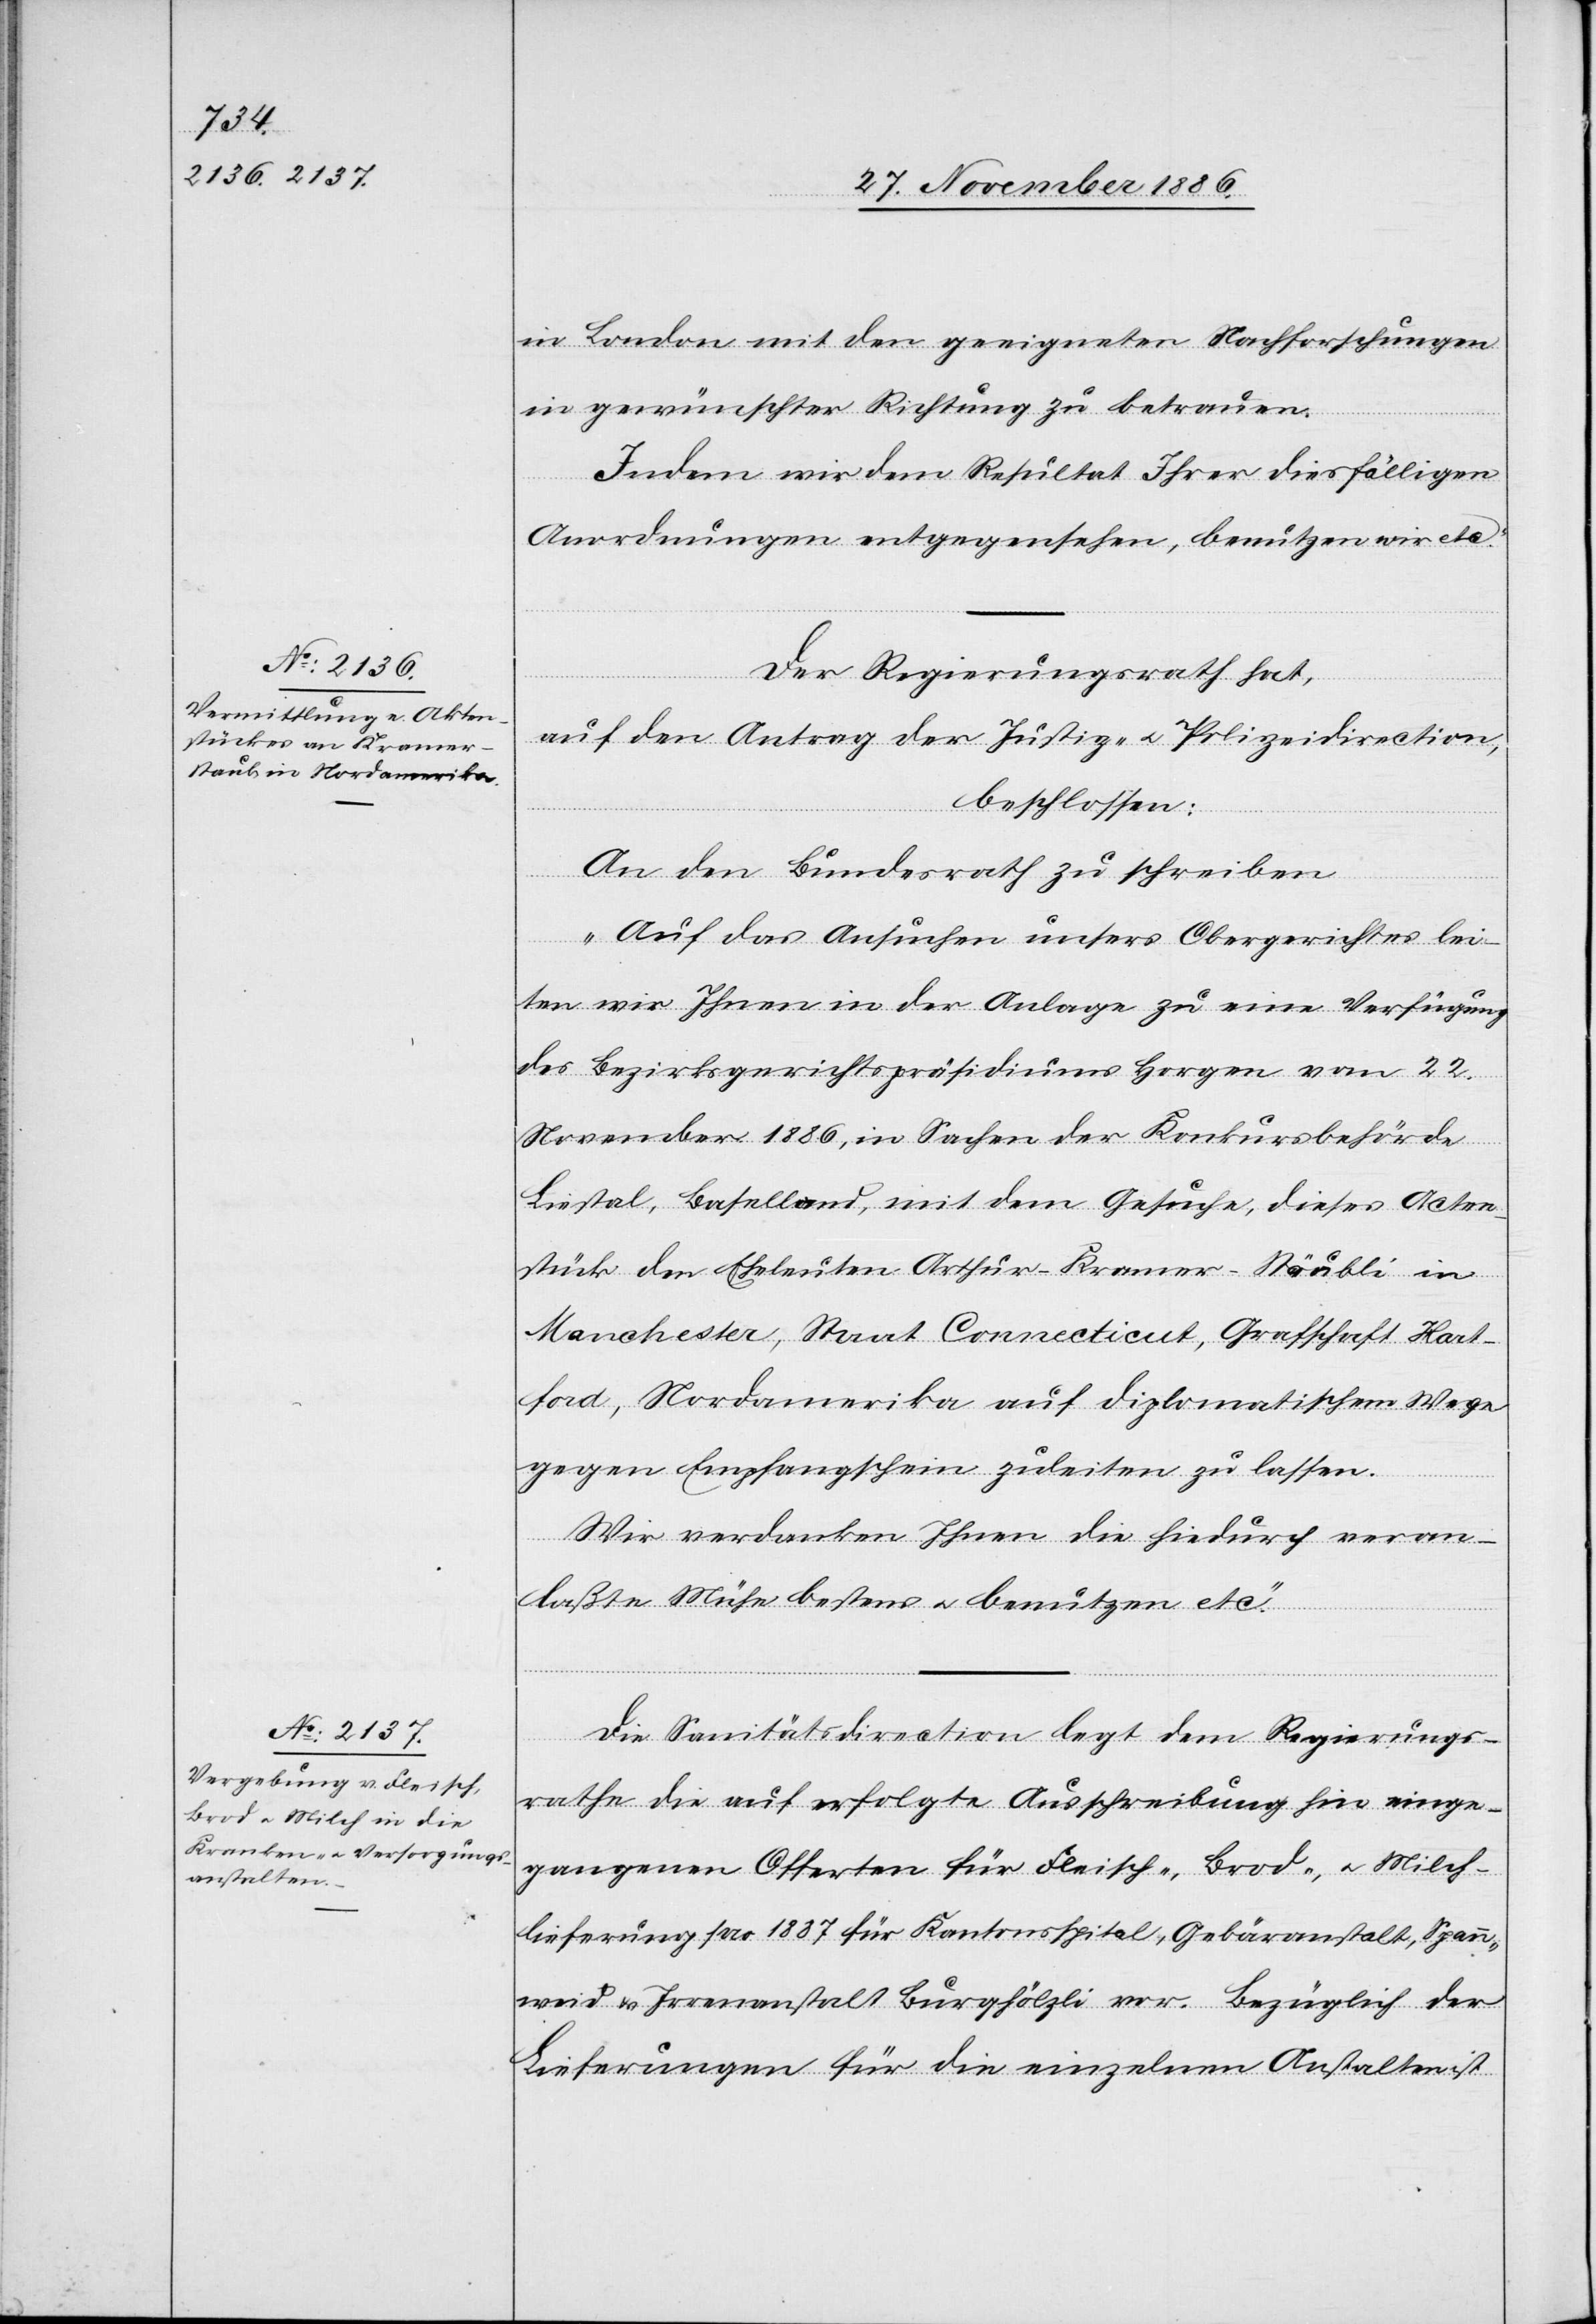
1. December 1886.]
in London mit den geeigneten Nachforschungen
in gewünschter Richtung zu betrauen.
Indem wir dem Resultat Ihrer diesfälligen
Anordnungen entgegensehen, benutzen wir etc.“
Der Regierungsrath hat,
auf den Antrag der Justiz- & Polizeidirection,
beschlossen:
An den Bundesrath zu schreiben:
„Auf das Ansuchen unsers Obergerichtes lei¬
ten wir Ihnen in der Anlage zu eine Verfügung
des Bezirksgerichtspräsidiums Horgen vom 22.
November 1886, in Sachen der Konkursbehörde
Liestal, Baselland, mit dem Gesuche, dieses Acten¬
stück den Eheleuten Arthur-Kramer-Stäubli
Manchester, Staat Connecticut, Grafschaft Hart¬
ford, Nordamerika auf diplomatischem Wege
gegen Empfangschein zuleiten zu lassen.
Wir verdanken Ihnen die hiedurch veran¬
laßte Mühe bestens & benutzen etc.“
Die Sanitätsdirection legt dem Regierungs¬
rathe die auf erfolgte Ausschreibung hin einge¬
gangenen Offerten für Fleisch-, Brod-, & Milch¬
lieferung pro 1887 für Kantonsspital, Gebäranstalt, Spann¬
weid & Irrenanstalt Burghölzli vor. Bezüglich der
Lieferungen für die einzelnen Anstalten ist